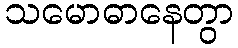
သမောဓာနေတွာ